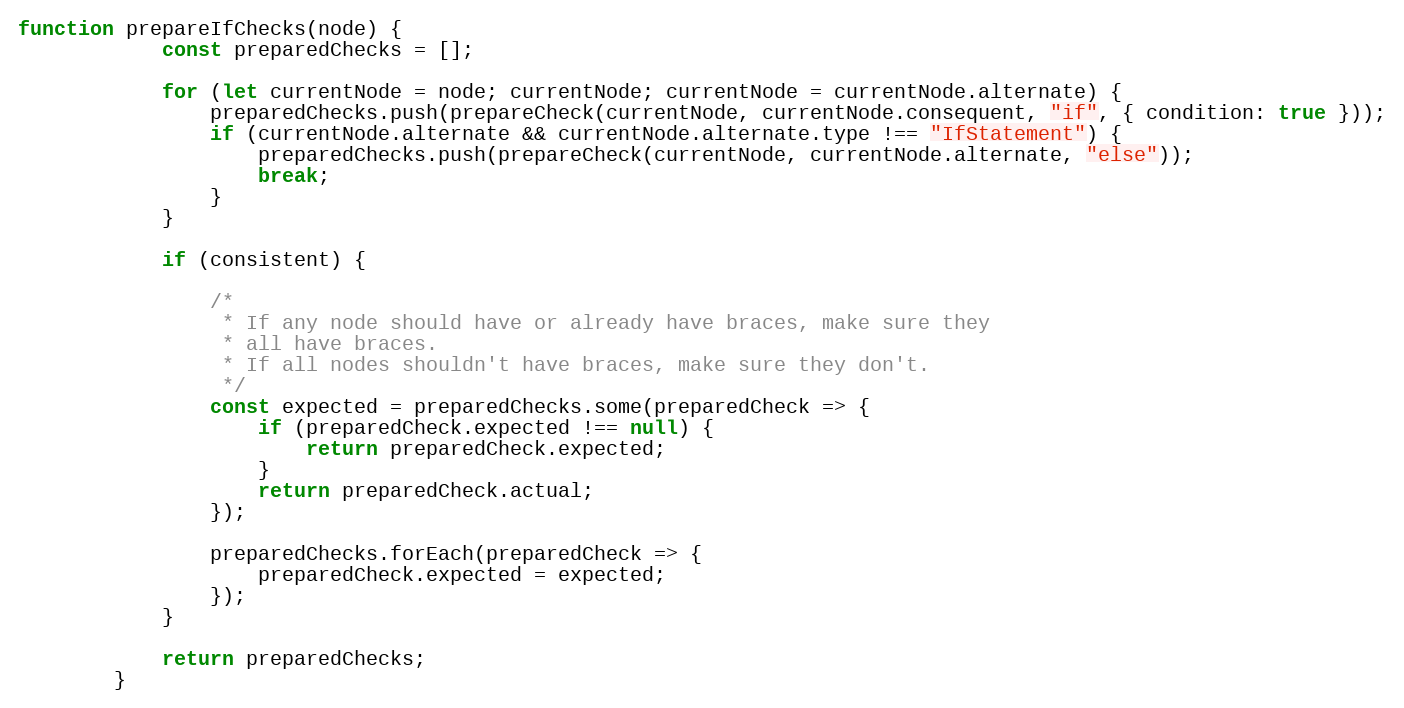
Language: JavaScript
function prepareIfChecks(node) {
            const preparedChecks = [];

            for (let currentNode = node; currentNode; currentNode = currentNode.alternate) {
                preparedChecks.push(prepareCheck(currentNode, currentNode.consequent, "if", { condition: true }));
                if (currentNode.alternate && currentNode.alternate.type !== "IfStatement") {
                    preparedChecks.push(prepareCheck(currentNode, currentNode.alternate, "else"));
                    break;
                }
            }

            if (consistent) {

                /*
                 * If any node should have or already have braces, make sure they
                 * all have braces.
                 * If all nodes shouldn't have braces, make sure they don't.
                 */
                const expected = preparedChecks.some(preparedCheck => {
                    if (preparedCheck.expected !== null) {
                        return preparedCheck.expected;
                    }
                    return preparedCheck.actual;
                });

                preparedChecks.forEach(preparedCheck => {
                    preparedCheck.expected = expected;
                });
            }

            return preparedChecks;
        }